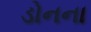
ડોનના